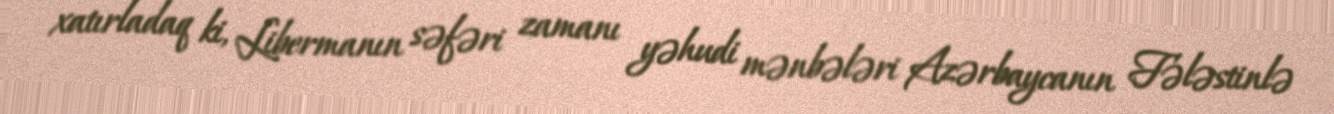
xatırladaq ki, Libermanın səfəri zamanı yəhudi mənbələri Azərbaycanın Fələstinlə